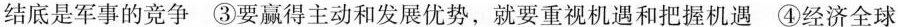
结底是军事的竞争③要赢得主动和发展优势，就要重视机遇和把握机遇④经济全球